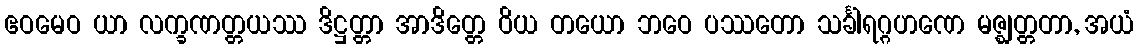
ဧဝမေဝ ယာ လက္ခဏတ္တယဿ ဒိဋ္ဌတ္တာ အာဒိတ္တေ ဝိယ တယော ဘဝေ ပဿတော သင်္ခါရဂ္ဂဟဏေ မဇ္ဈတ္တတာ, အယံ